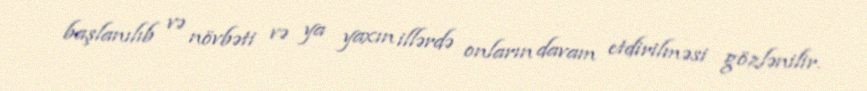
başlanılıb və növbəti və ya yaxın illərdə onların davam etdirilməsi gözlənilir.